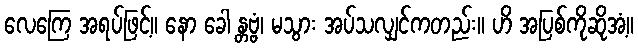
လေကြေ အရပ်ဖြင့်။ နော ခေါ န္တဗ္ဗံ၊ မသွား အပ်သလျှင်ကတည်း။ ဟိ အပြစ်ကိုဆိုအံ့။